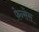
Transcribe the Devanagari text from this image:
फ़ेन्सेस